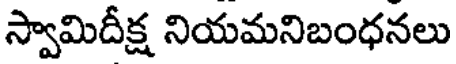
స్వామిదీక్ష నియమనిబంధనలు